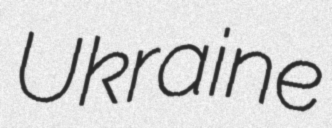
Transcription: Ukraine